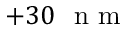
+ 3 0 ~ \mathrm { ~ n ~ m ~ }